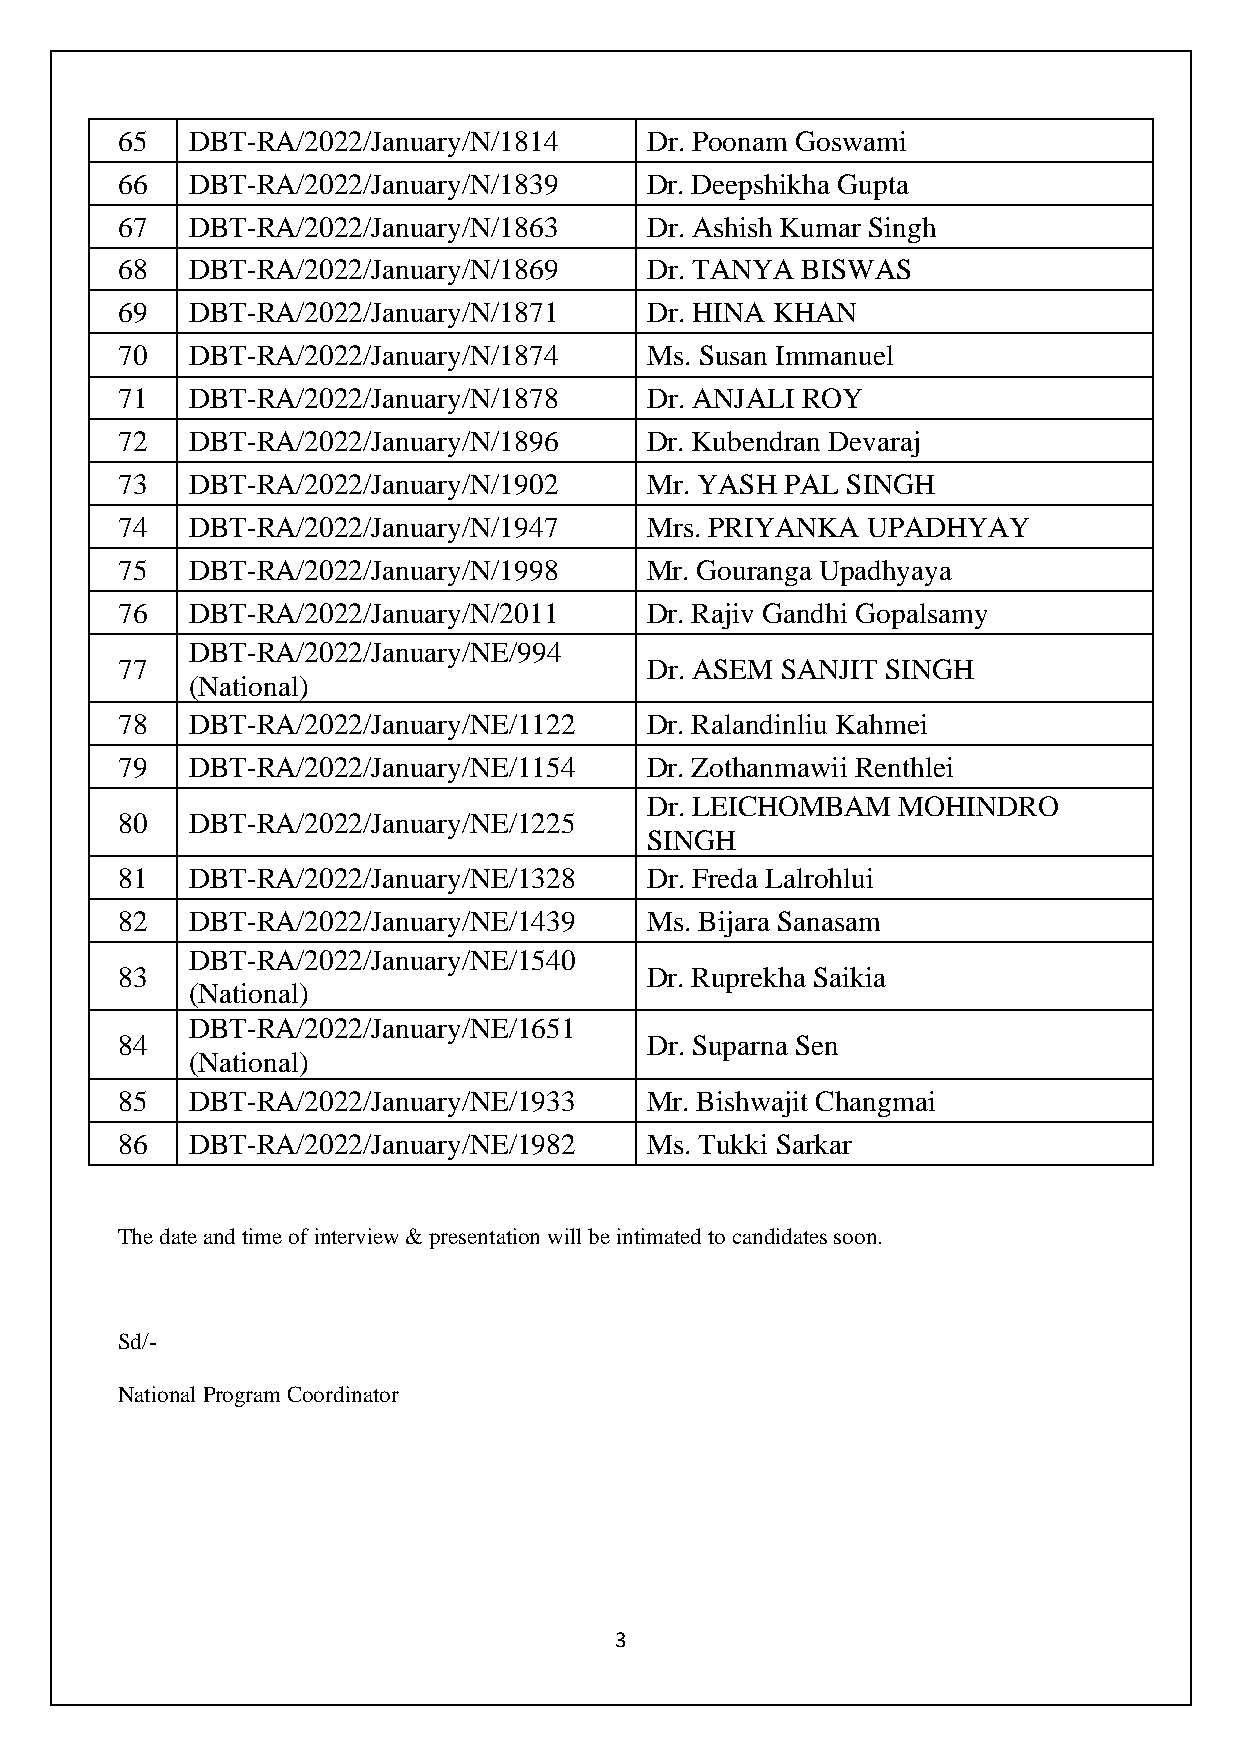
65  DBT-RA/2022/January/N/1814     Dr. Poonam Goswami
 66  DBT-RA/2022/January/N/1839     Dr. Deepshikha Gupta
 67  DBT-RA/2022/January/N/1863     Dr. Ashish Kumar Singh
 68  DBT-RA/2022/January/N/1869     Dr. TANYA BISWAS
 69  DBT-RA/2022/January/N/1871     Dr. HINA KHAN
 70  DBT-RA/2022/January/N/1874     Ms. Susan Immanuel
 71  DBT-RA/2022/January/N/1878     Dr. ANJALI ROY
 72  DBT-RA/2022/January/N/1896     Dr. Kubendran Devaraj
 73  DBT-RA/2022/January/N/1902     Mr. YASH PAL SINGH
 74  DBT-RA/2022/January/N/1947     Mrs. PRIYANKA UPADHYAY
 75  DBT-RA/2022/January/N/1998     Mr. Gouranga Upadhyaya
 76  DBT-RA/2022/January/N/2011     Dr. Rajiv Gandhi Gopalsamy
 DBT-RA/2022/January/NE/994
 77                                 Dr. ASEM SANJIT SINGH
 (National)
 78  DBT-RA/2022/January/NE/1122    Dr. Ralandinliu Kahmei
 79  DBT-RA/2022/January/NE/1154    Dr. Zothanmawii Renthlei
 Dr. LEICHOMBAM  MOHINDRO
 80  DBT-RA/2022/January/NE/1225
 SINGH
 81  DBT-RA/2022/January/NE/1328    Dr. Freda Lalrohlui
 82  DBT-RA/2022/January/NE/1439    Ms. Bijara Sanasam
 DBT-RA/2022/January/NE/1540
 83                                 Dr. Ruprekha Saikia
 (National)
 DBT-RA/2022/January/NE/1651
 84                                 Dr. Suparna Sen
 (National)
 85  DBT-RA/2022/January/NE/1933    Mr. Bishwajit Changmai
 86  DBT-RA/2022/January/NE/1982    Ms. Tukki Sarkar
 The date and time of interview & presentation will be intimated to candidates soon.
 Sd/-
 National Program Coordinator
 3